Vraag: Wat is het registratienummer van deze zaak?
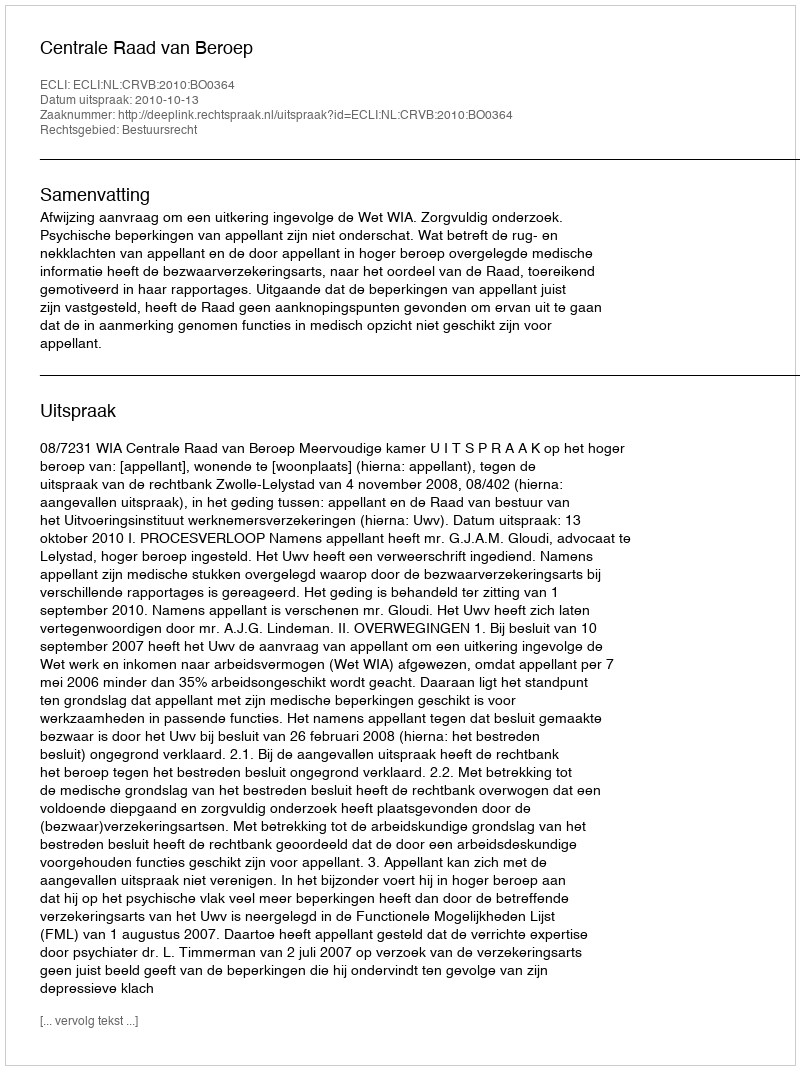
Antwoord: http://deeplink.rechtspraak.nl/uitspraak?id=ECLI:NL:CRVB:2010:BO0364